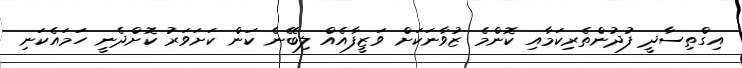
އިގްތިސާދީ ފުދުންތެރިކަމާއި ކޮންމެ ޒުވާނަކަށް ވަޒީފާއެއް ލިބޭނެ ކަން ކަށަވަރު ކޮށްދެނީ ހަމައެކަނި